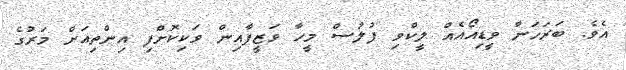
އެވެ. ބަރަހަނާ ވީޑިއޯއެއް ލީކްވި ފުލުސް މީހާ ވަޒީފާއިން ވަކިކޮށްފި އިންތިއަށް މަރުގެ